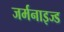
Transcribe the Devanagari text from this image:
जर्मनाइज्ड